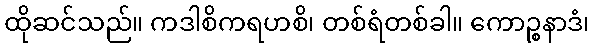
ထိုဆင်သည်။ ကဒါစိကရဟစိ၊ တစ်ရံတစ်ခါ။ ကောဉ္စနာဒံ၊